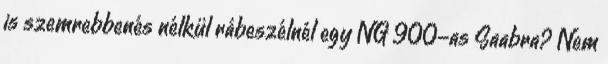
is szemrebbenés nélkül rábeszélnél egy NG 900-as Saabra? Nem